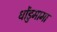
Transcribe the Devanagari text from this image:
धोंडुमामा